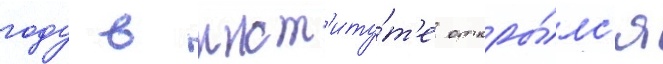
году в инст'иту́т'е откры́лс'я